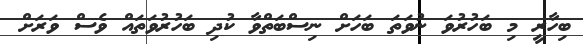
ބިހާރީ މި ބަހުރުވަ ނުވަތަ ބަހަށް ނިސްބަތްވާ ކުދި ބަހުރުވަތައް ވެސް ވަރަށް